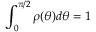
\int _ { 0 } ^ { \pi / 2 } \rho ( \theta ) d \theta = 1